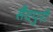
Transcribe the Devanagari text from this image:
सैदपुरी